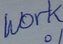
Text: work